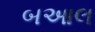
બઆલ